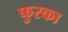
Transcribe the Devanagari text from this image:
फुस्का